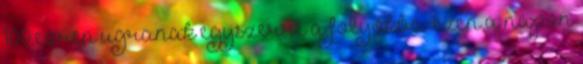
100 ezren ugranak egyszerre a folyókba: ezen a napon